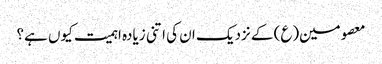
معصومین(ع) کے نزدیک ان کی اتنی زیادہ اہمیت کیوں ہے؟